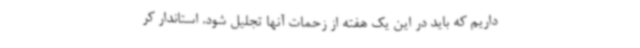
داریم که باید در این یک هفته از زحمات آنها تجلیل شود. استاندار کر